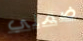
ضمني